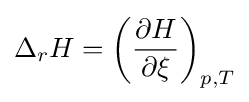
\Delta _{r}H=\left({\frac {\partial H}{\partial \xi }}\right)_{p,T}